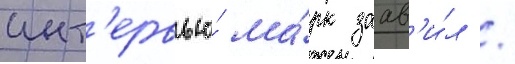
инт'ервью́ ма́рк заав'и́л /